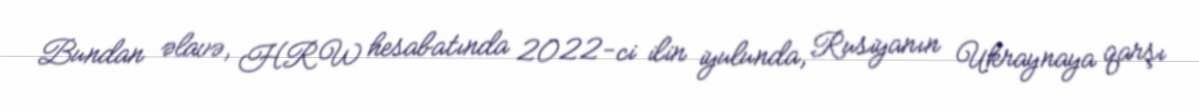
Bundan əlavə, HRW hesabatında 2022-ci ilin iyulunda, Rusiyanın Ukraynaya qarşı